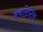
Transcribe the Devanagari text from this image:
क्वांटेटिव